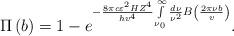
LaTeX: \begin{align*}\Pi \left( b \right) = 1 - e^{ - \frac{8\pi c\varepsilon ^2HZ^4}{hv^4}\int\limits_{\nu _0 }^\infty {\frac{d\nu }{\nu ^2}} B\left( {\frac{2\pi \nu b}{v}} \right)} .\end{align*}